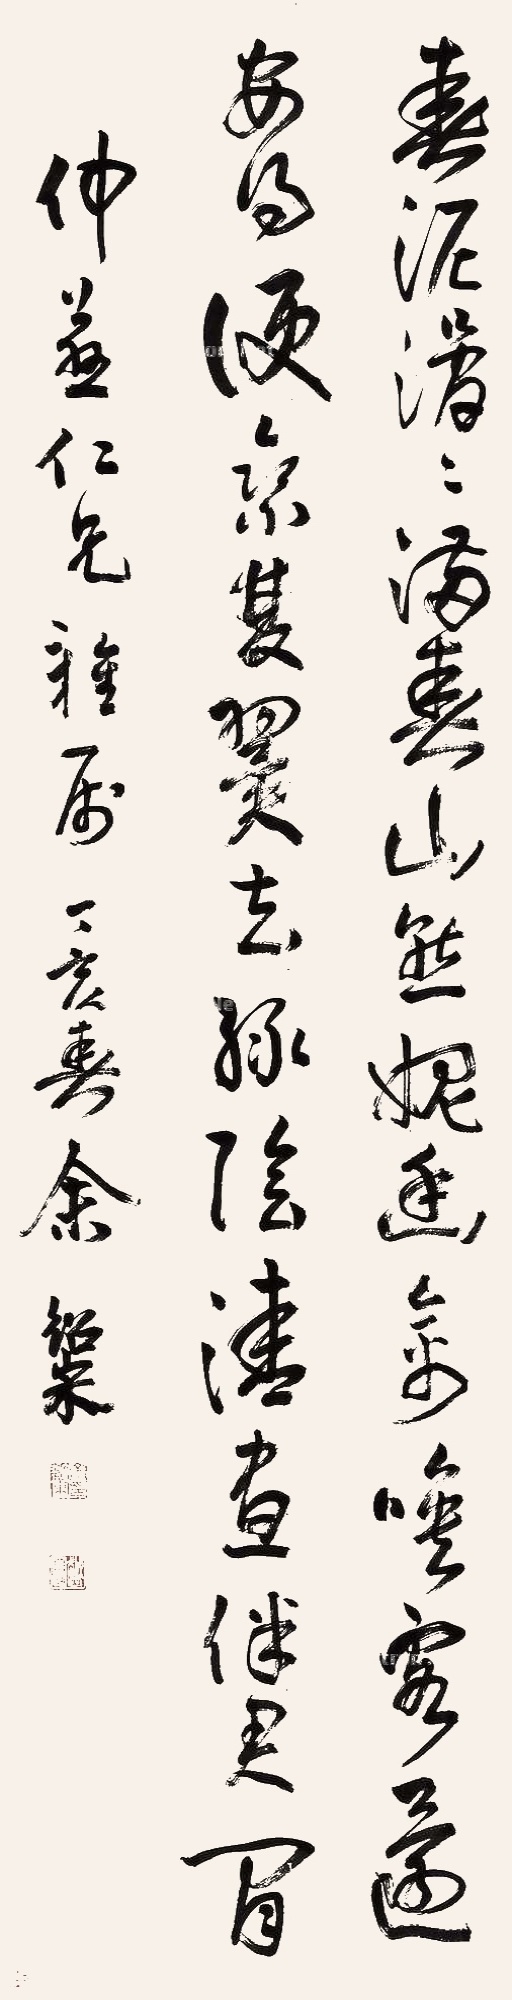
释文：春泥滑滑满春山，惭媿幽禽唤客还。安得便乘梦翼去，绿隂清昼伴君闲。仲兼仁兄雅属。丁亥春，余绍宋。